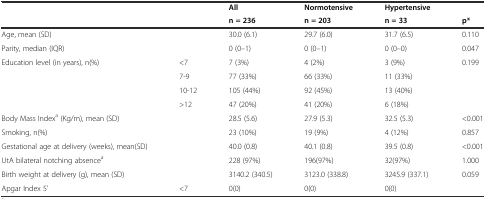
|  |  | All | Normotensive | Hypertensive |  |
 |  |  | n = 236 | n = 203 | n = 33 | p* |
 | --- | --- | --- | --- | --- | --- |
 | Age, mean (SD) |  | 30.0 (6.1) | 29.7 (6.0) | 31.7 (6.5) | 0.110 |
 | Parity, median (IQR) |  | 0 (0–1) | 0 (0–1) | 0 (0–0) | 0.047 |
 | <ROWSPAN=4> Education level (in years), n(%) | <7 | 7 (3%) | 4 (2%) | 3 (9%) | <ROWSPAN=4> 0.199 |
 | 7-9 | 77 (33%) | 66 (33%) | 11 (33%) |
 | 10-12 | 105 (44%) | 92 (45%) | 13 (40%) |
 | >12 | 47 (20%) | 41 (20%) | 6 (18%) |
 | Body Mass Indexa (Kg/m), mean (SD) |  | 28.5 (5.6) | 27.9 (5.3) | 32.5 (5.3) | <0.001 |
 | Smoking, n(%) |  | 23 (10%) | 19 (9%) | 4 (12%) | 0.857 |
 | Gestational age at delivery (weeks), mean(SD) |  | 40.0 (0.8) | 40.1 (0.8) | 39.5 (0.8) | <0.001 |
 | UtA bilateral notching absencea |  | 228 (97%) | 196(97%) | 32(97%) | 1.000 |
 | Birth weight at delivery (g), mean (SD) |  | 3140.2 (340.5) | 3123.0 (338.8) | 3245.9 (337.1) | 0.059 |
 | Apgar Index 5’ | <7 | 0(0) | 0(0) | 0(0) |  |